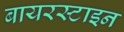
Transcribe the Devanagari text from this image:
बायरस्टाइन